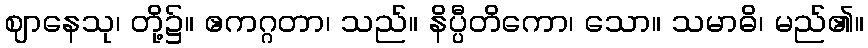
ဈာနေသု၊ တို့၌။ ဧကဂ္ဂတာ၊ သည်။ နိပ္ပီတိကော၊ သော။ သမာဓိ၊ မည်၏။